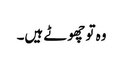
وہ تو چھوٹے ہیں۔